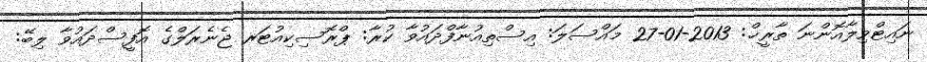
ނައިޓްވިލާއޮންނަ ތާރީޚް: 2013-01-27 މައްސަލަ: އިސްތިއުނާފްދައުވާ ކުރާ: ޕްރޮސިކިއުޓަރ ޖެނެރަލްގެ އޮފީސްދައުވާ ލިބޭ: